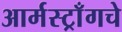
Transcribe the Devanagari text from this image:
आर्मस्ट्राँगचे